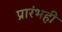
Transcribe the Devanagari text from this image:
प्रारंभही